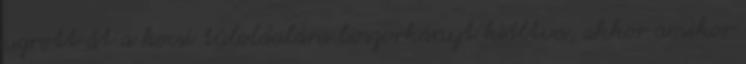
ugrott át a kocsi túloldalára boszorkányt kiáltva, akkor amikor